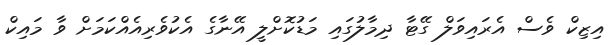
އިޒިކް ވެސް އެރައިވަލް ގޭޓާ ދިމާލުގައި މަޑުކޮށްލީ އޭނާގެ އެކުވެރިއެއްކަމަށް ވާ މައިކް